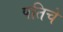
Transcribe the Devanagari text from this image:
पतिचे